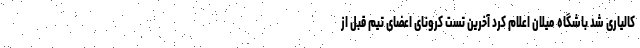
کالیاری شد باشگاه میلان اعلام کرد آخرین تست کرونای اعضای تیم قبل از